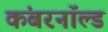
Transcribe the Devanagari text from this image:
कंबरनॉल्ड